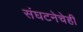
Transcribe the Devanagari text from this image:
संघटनेचेही